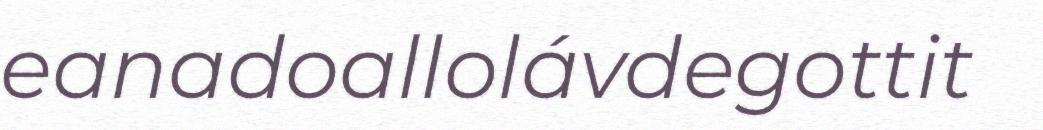
eanadoallolávdegottit